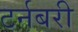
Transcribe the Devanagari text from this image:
टर्नबरी